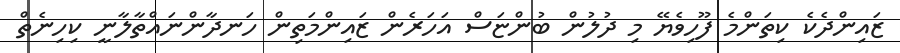
ޒައިންދެކެ ކިތަންމެ ފޫހިވެޔޭ މި ދުލުން ބުންޏަސް އަހަރެން ޒައިންމަތިން ހަނދާންނައްތާލާނީ ކިހިނެތް